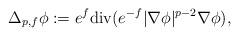
LaTeX: \begin{align*}\Delta_{p,f}\phi:=e^{f}{\rm div}(e^{-f}|\nabla \phi|^{p-2}\nabla \phi),\end{align*}